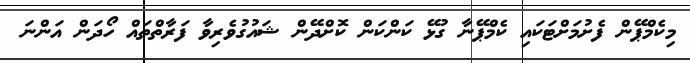
މިކެމްޕޭން ފެށުމަށްޓަކައި ކެމްޕޭނާ ގުޅޭ ކަންކަން ކޮށްދޭން ޝައުގުވެރިވާ ފަރާތްތައް ހޯދަން އަންނަ